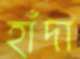
হাঁদা